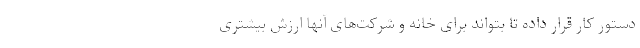
دستور کار قرار داده تا بتواند برای خانه و شرکت‌های آنها ارزش بیشتری